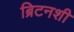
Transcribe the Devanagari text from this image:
ब्रिटनशी